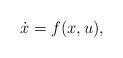
LaTeX: \begin{align*}\dot{x} = f(x,u),\end{align*}